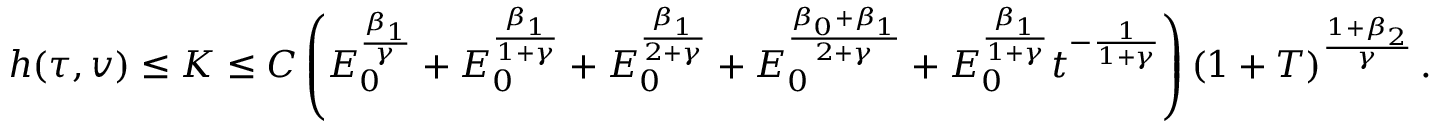
h ( \tau , v ) \le K \le C \left( E _ { 0 } ^ { \frac { \beta _ { 1 } } { \gamma } } + E _ { 0 } ^ { \frac { \beta _ { 1 } } { 1 + \gamma } } + E _ { 0 } ^ { \frac { \beta _ { 1 } } { 2 + \gamma } } + E _ { 0 } ^ { \frac { \beta _ { 0 } + \beta _ { 1 } } { 2 + \gamma } } + E _ { 0 } ^ { \frac { \beta _ { 1 } } { 1 + \gamma } } t ^ { - \frac { 1 } { 1 + \gamma } } \right) \left( 1 + T \right) ^ { \frac { 1 + \beta _ { 2 } } { \gamma } } .